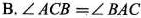
B. $$∠ A C B = ∠ B A C$$